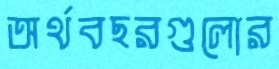
অর্থবছরগুলোর